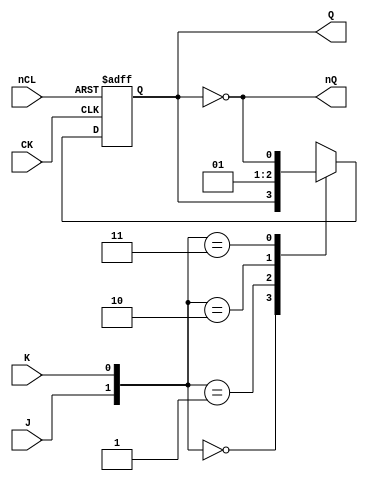
// This program was cloned from: https://github.com/furrtek/Arcade-TMNT_MiSTer
// License: GNU General Public License v2.0

// Fujitsu AV cell
// Positive Edge Clocked Power JKFF with CLEAR
// furrtek 2022

`timescale 1ns/100ps

module FJD(
	input CK,
	input J, K,
	input nCL,
	output reg Q = 1'b0,
	output nQ
);
	
	always @(posedge CK or negedge nCL) begin
		if (~nCL)
			Q <= #1 1'b0;					// tmax = 5.1ns
		else begin
			case({J, K})
				2'b00 : Q <= #2 Q;		// tmax = 7.9ns
				2'b01 : Q <= #2 1'b0;
				2'b10 : Q <= #2 1'b1;
				2'b11 : Q <= #2 ~Q;
			endcase
		end
	end
	
	assign nQ = ~Q;

endmodule